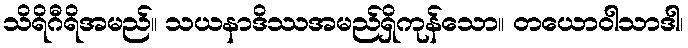
သိရိဂီရိအမည်။ သယနာဒိဿအမည်ရှိကုန်သော။ တယောဝါသာဒါ၊